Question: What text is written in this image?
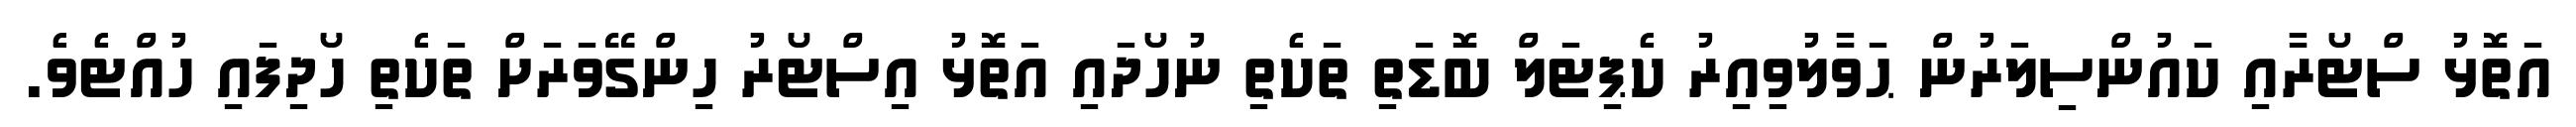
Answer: އަތޮޅު ސްޓޯރާއި ކައުންސިލަރުން ޙަވާލުވިއިރު ކެޕިޓަލް ބޮޑަތި ތަކެތި ނުހޯދައި އަތޮޅު އިސްޓޯރު ހިންގޭވަރަށް ތަކެތި ހޯދިފައި ހުއްޓެވެ.